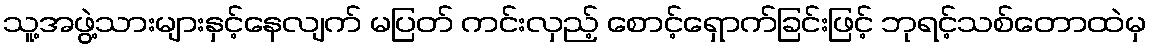
သူ့အဖွဲ့သားများနှင့်နေလျက် မပြတ် ကင်းလှည့် စောင့်ရှောက်ခြင်းဖြင့် ဘုရင့်သစ်တောထဲမှ